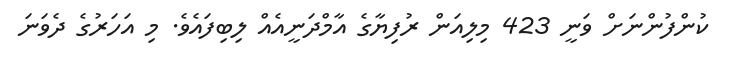
ކުންފުންނަށް ވަނީ 423 މިލިއަން ރުފިޔާގެ އާމްދަނީއެއް ލިބިފައެވެ. މި އަހަރުގެ ދެވަނަ